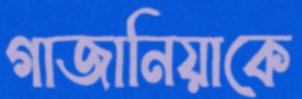
গাজানিয়াকে